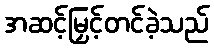
အဆင့်မြှင့်တင်ခဲ့သည်